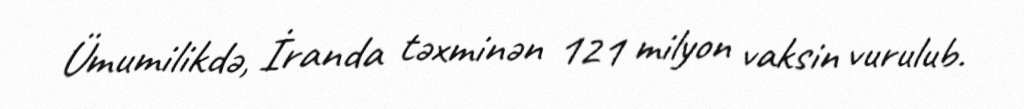
Ümumilikdə, İranda təxminən 121 milyon vaksin vurulub.